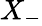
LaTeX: X_{-}